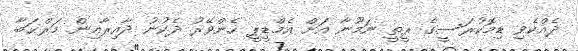
ދެއްކެވި ޑިމޮކުރަސީގެ ރީތީ ނަމޫނާ އަށް އެމްޑީޕީ ހެންވޭރު ދެކުނު ދާއިރާއިން މަރްޙަބާ